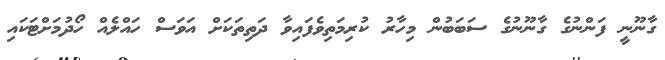
ގާނޫނީ ފަންނުގެ ގާނޫނުގެ ސަބަބުން މިހާރު ކުރިމަތިވެފައިވާ ދަތިތަކަށް އަވަސް ހައްލެއް ހޯދުމަށްޓަކައި